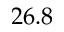
2 6 . 8